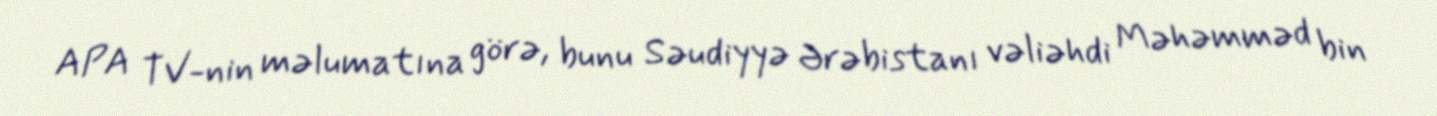
APA TV-nin məlumatına görə, bunu Səudiyyə Ərəbistanı vəliəhdi Məhəmməd bin